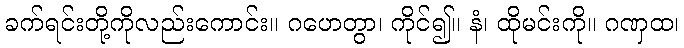
ခက်ရင်းတို့ကိုလည်းကောင်း။ ဂဟေတွာ၊ ကိုင်၍။ နံ၊ ထိုမင်းကို။ ဂဏှထ၊